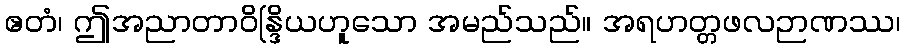
ဧတံ၊ ဤအညာတာဝိန္ဒြိယဟူသော အမည်သည်။ အရဟတ္တဖလဉာဏဿ၊